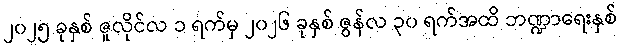
၂၀၂၅ ခုနှစ် ဇူလိုင်လ ၁ ရက်မှ ၂၀၂၆ ခုနှစ် ဇွန်လ ၃၀ ရက်အထိ ဘဏ္ဍာရေးနှစ်